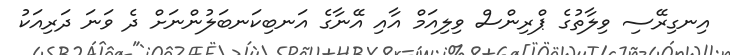
އިނގިރޭސި ވިލާތުގެ ޕްރިންސް ވިލިއަމް އާއި އޭނާގެ އަނބިކަނބަލުންނަށް ދެ ވަނަ ދަރިއަކު